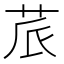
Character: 𮎬